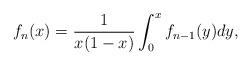
LaTeX: \begin{align*}f_{n}(x)\allowbreak =\allowbreak \frac{1}{x(1-x)}\int_{0}^{x}f_{n-1}(y)dy,\end{align*}